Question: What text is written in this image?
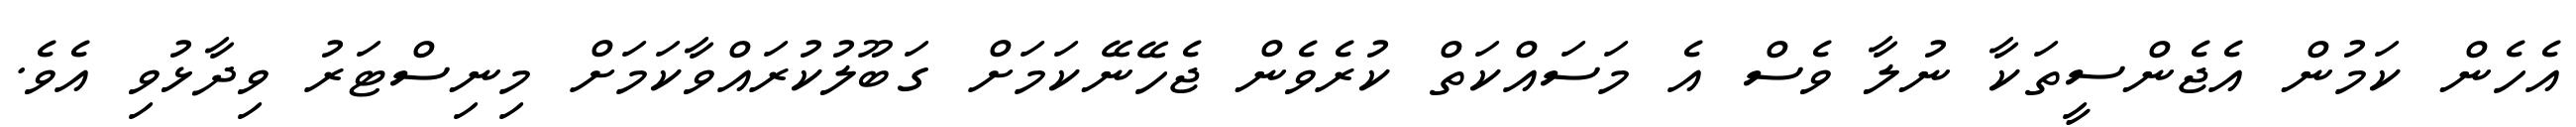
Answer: އެހެން ކަމުން އެޖެންސީތަކާ ނުލާ ވެސް އެ މަސައްކަތް ކުރެވެން ޖެހޭނޭކަމަށް ގަބޫލުކުރައްވާކަމަށް މިނިސްޓަރު ވިދާޅުވި އެވެ.